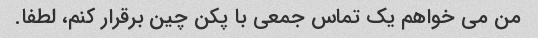
من می خواهم یک تماس جمعی با پکن چین برقرار کنم، لطفا.